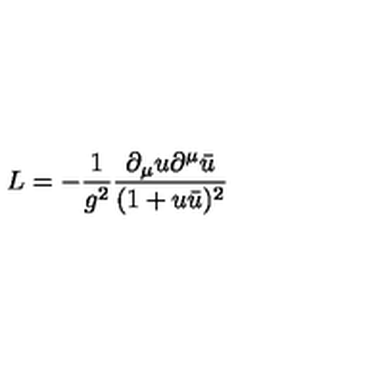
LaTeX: L = - { \frac { 1 } { g ^ { 2 } } } { \frac { \partial _ { \mu } u \partial ^ { \mu } \bar { u } } { ( 1 + u \bar { u } ) ^ { 2 } } }